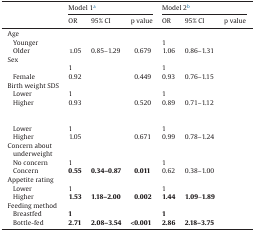
<table><thead><tr><td rowspan="2">[EMPTY_CELL]</td><td colspan="3"><b>Model 1a</b></td><td colspan="3"><b>Model 2b</b></td></tr><tr><td><b>OR</b></td><td><b>95% CI</b></td><td><b>p value</b></td><td><b>OR</b></td><td><b>95% CI</b></td><td><b>p value</b></td></tr></thead><tbody><tr><td>Age</td><td>[EMPTY_CELL]</td><td>[EMPTY_CELL]</td><td>[EMPTY_CELL]</td><td>[EMPTY_CELL]</td><td>[EMPTY_CELL]</td><td>[EMPTY_CELL]</td></tr><tr><td> Younger</td><td>[EMPTY_CELL]</td><td>[EMPTY_CELL]</td><td>[EMPTY_CELL]</td><td>1</td><td>[EMPTY_CELL]</td><td>[EMPTY_CELL]</td></tr><tr><td> Older</td><td>1.05</td><td>0.85–1.29</td><td>0.679</td><td>1.06</td><td>0.86–1.31</td><td>[EMPTY_CELL]</td></tr><tr><td>Sex</td><td>[EMPTY_CELL]</td><td>[EMPTY_CELL]</td><td>[EMPTY_CELL]</td><td>[EMPTY_CELL]</td><td>[EMPTY_CELL]</td><td>[EMPTY_CELL]</td></tr><tr><td>[EMPTY_CELL]</td><td>1</td><td>[EMPTY_CELL]</td><td>[EMPTY_CELL]</td><td>1</td><td>[EMPTY_CELL]</td><td>[EMPTY_CELL]</td></tr><tr><td> Female</td><td>0.92</td><td>[EMPTY_CELL]</td><td>0.449</td><td>0.93</td><td>0.76–1.15</td><td>[EMPTY_CELL]</td></tr><tr><td>Birth weight SDS</td><td>[EMPTY_CELL]</td><td>[EMPTY_CELL]</td><td>[EMPTY_CELL]</td><td>[EMPTY_CELL]</td><td>[EMPTY_CELL]</td><td>[EMPTY_CELL]</td></tr><tr><td> Lower</td><td>1</td><td>[EMPTY_CELL]</td><td>[EMPTY_CELL]</td><td>1</td><td>[EMPTY_CELL]</td><td>[EMPTY_CELL]</td></tr><tr><td> Higher</td><td>0.93</td><td>[EMPTY_CELL]</td><td>0.520</td><td>0.89</td><td>0.71–1.12</td><td>[EMPTY_CELL]</td></tr><tr><td>[EMPTY_CELL]</td><td>[EMPTY_CELL]</td><td>[EMPTY_CELL]</td><td>[EMPTY_CELL]</td><td>[EMPTY_CELL]</td><td>[EMPTY_CELL]</td><td>[EMPTY_CELL]</td></tr><tr><td> Lower</td><td>1</td><td>[EMPTY_CELL]</td><td>[EMPTY_CELL]</td><td>1</td><td>[EMPTY_CELL]</td><td>[EMPTY_CELL]</td></tr><tr><td> Higher</td><td>1.05</td><td>[EMPTY_CELL]</td><td>0.671</td><td>0.99</td><td>0.78–1.24</td><td>[EMPTY_CELL]</td></tr><tr><td>Concern about underweight</td><td>[EMPTY_CELL]</td><td>[EMPTY_CELL]</td><td>[EMPTY_CELL]</td><td>[EMPTY_CELL]</td><td>[EMPTY_CELL]</td><td>[EMPTY_CELL]</td></tr><tr><td> No concern</td><td>1</td><td>[EMPTY_CELL]</td><td>[EMPTY_CELL]</td><td>1</td><td>[EMPTY_CELL]</td><td>[EMPTY_CELL]</td></tr><tr><td> Concern</td><td><b>0.55</b></td><td><b>0.34–0.87</b></td><td><b>0.011</b></td><td>0.62</td><td>0.38–1.00</td><td>[EMPTY_CELL]</td></tr><tr><td>Appetite rating</td><td>[EMPTY_CELL]</td><td>[EMPTY_CELL]</td><td>[EMPTY_CELL]</td><td>[EMPTY_CELL]</td><td>[EMPTY_CELL]</td><td>[EMPTY_CELL]</td></tr><tr><td> Lower</td><td>1</td><td>[EMPTY_CELL]</td><td>[EMPTY_CELL]</td><td>1</td><td>[EMPTY_CELL]</td><td>[EMPTY_CELL]</td></tr><tr><td> Higher</td><td><b>1.53</b></td><td><b>1.18–2.00</b></td><td><b>0.002</b></td><td><b>1.44</b></td><td><b>1.09</b>–<b>1.89</b></td><td>[EMPTY_CELL]</td></tr><tr><td>Feeding method</td><td>[EMPTY_CELL]</td><td>[EMPTY_CELL]</td><td>[EMPTY_CELL]</td><td>[EMPTY_CELL]</td><td>[EMPTY_CELL]</td><td>[EMPTY_CELL]</td></tr><tr><td> Breastfed</td><td><b>1</b></td><td>[EMPTY_CELL]</td><td>[EMPTY_CELL]</td><td><b>1</b></td><td>[EMPTY_CELL]</td><td>[EMPTY_CELL]</td></tr><tr><td> Bottle-fed</td><td><b>2.71</b></td><td><b>2.08–3.54</b></td><td><b>&lt;0.001</b></td><td><b>2.86</b></td><td><b>2.18–3.75</b></td><td>[EMPTY_CELL]</td></tr></tbody></table>